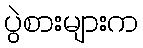
ပွဲစားများက